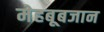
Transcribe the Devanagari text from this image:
मेहबूबजान